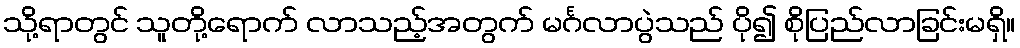
သို့ရာတွင် သူတို့ရောက် လာသည့်အတွက် မင်္ဂလာပွဲသည် ပို၍ စိုပြည်လာခြင်းမရှိ။